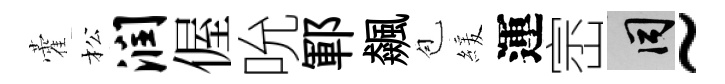
藿松润偓吮鄆飆苞緩運崈间~